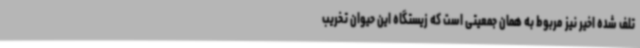
تلف شده اخیر نیز مربوط به همان جمعیتی است که زیستگاه این حیوان تخریب